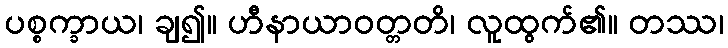
ပစ္စက္ခာယ၊ ချ၍။ ဟီနာယာဝတ္တတိ၊ လူထွက်၏။ တဿ၊